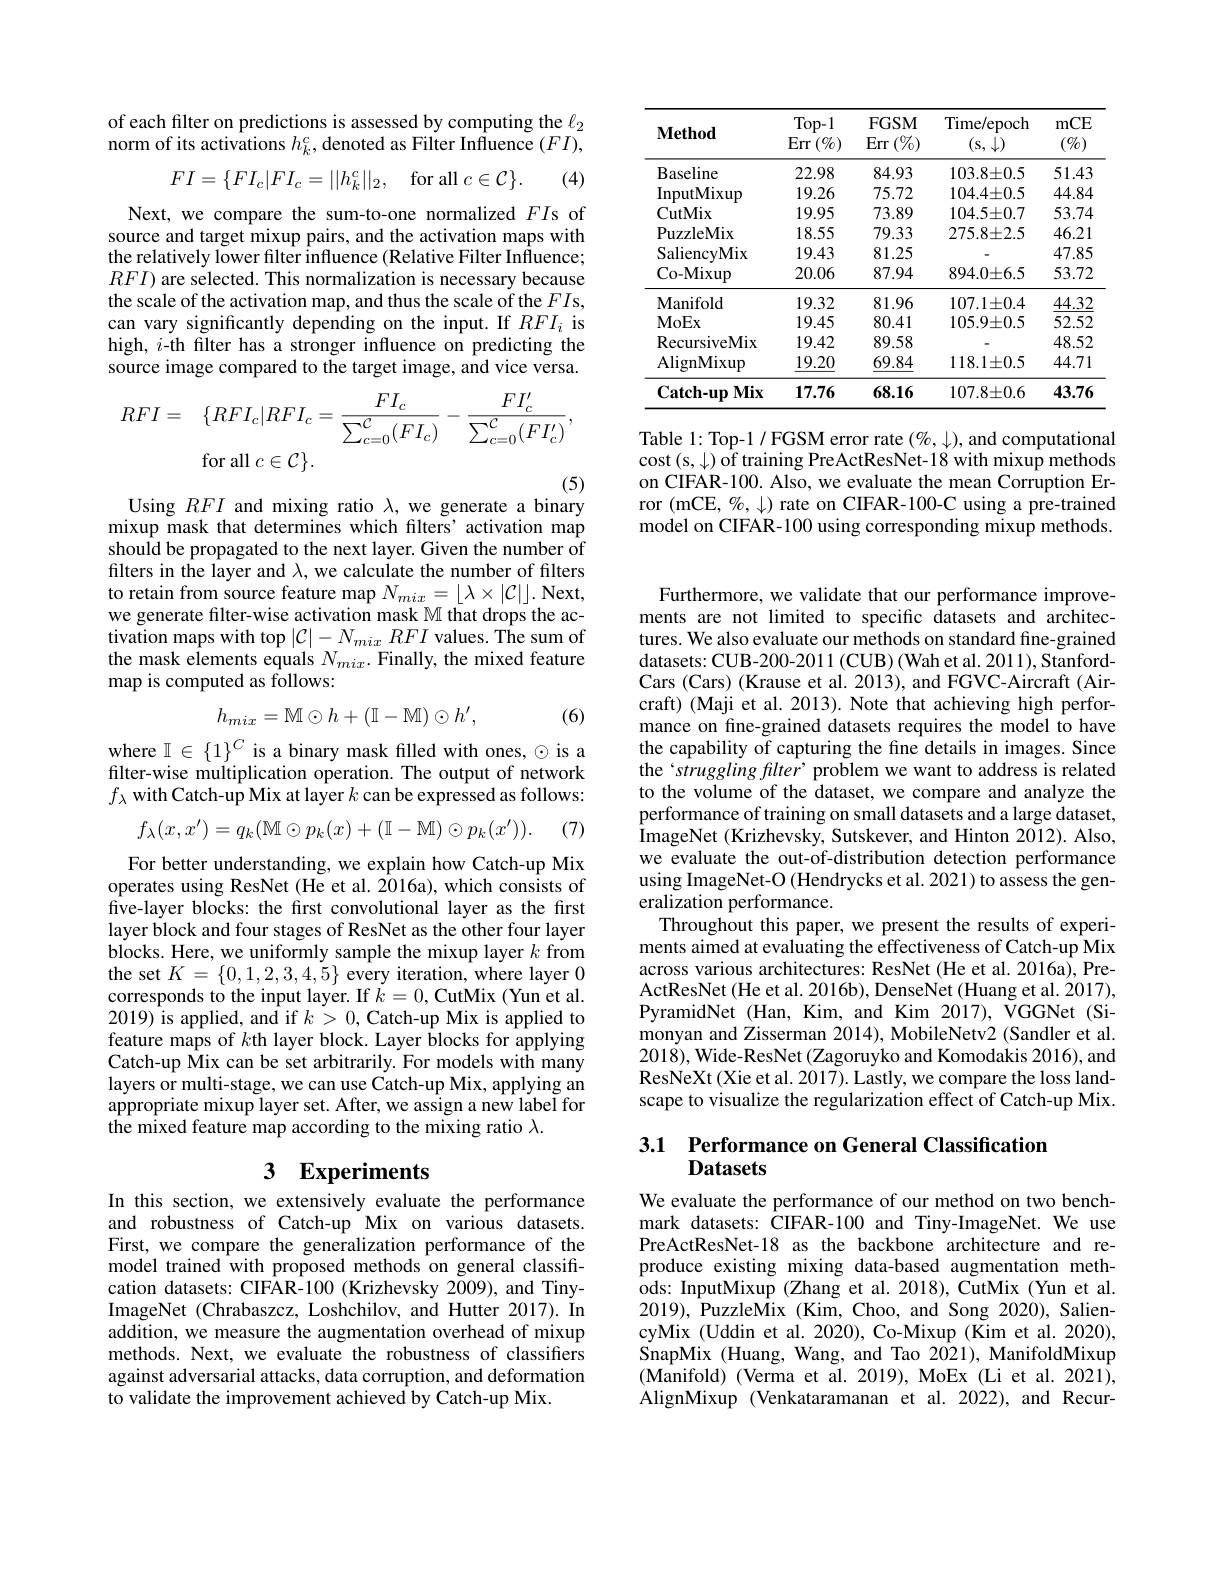
## of each filter on predictions is assessed by computing the $\ell_2$ norm of its activations $h_k^c$, denoted as Filter Influence $(FI)$,
$$FI=\{FI_c|FI_c=||h_k^c||_2,\quad\text{for all}\:c\in\mathcal{C}\}.$$
(4)

Next, we compare the sum-to-one normalized $FI$s of source and target mixup pairs, and the activation maps with the relatively lower filter influence (Relative Filter Influence; $RFI)$ are selected. This normalization is necessary because the scale of the activation map, and thus the scale of the $FI$s, can vary significantly depending on the input. If $RFI_i$ is high, $i$-th filter has a stronger influence on predicting the source image compared to the target image, and vice versa.
$$\begin{aligned}RFI&=\quad\{RFI_{c}|RFI_{c}=\frac{FI_{c}}{\sum_{c=0}^{\mathcal{C}}(FI_{c})}-\frac{FI_{c}^{\prime}}{\sum_{c=0}^{\mathcal{C}}(FI_{c}^{\prime})},\\&\text{for all }c\in\mathcal{C}\}.\end{aligned}$$
Using $RFI$ and mixing ratio $\lambda$, we generate a binary

mixup mask that determines which flters' activation map should be propagated to the next layer. Given the number of filters in the layer and $\lambda$, we calculate the number of filters to retain from source feature map $N_{mix}=\lfloor\lambda\times|\mathcal{C}|\rfloor.$ Next, we generate filter-wise activation mask $\mathbb{M}$ that drops the activation maps with top $|\mathcal{C}|-N_{mix}RFI$ values. The sum of the mask elements equals $N_{mix}.$ Finally, the mixed feature map is computed as follows:
$$h_{mix}=\mathbb{M}\odot h+(\mathbb{I}-\mathbb{M})\odot h',$$
(6)

where $\mathbb{I}\in\{1\}^C$ is a binary mask filled with ones, $\odot$ is a filter-wise multiplication operation. The output of network $f_\lambda$ with Catch-up Mix at layer $k$ can be expressed as follows:

(7)
$$f_\lambda(x,x')=q_k(\mathbb{M}\odot p_k(x)+(\mathbb{I}-\mathbb{M})\odot p_k(x')).$$
For better understanding, we explain how Catch-up Mix operates using ResNet (He et al. 2016a), which consists of five-layer blocks: the first convolutional layer as the first layer block and four stages of ResNet as the other four layer blocks. Here, we uniformly sample the mixup layer $k$ from the set $K=\{0,1,2,3,4,5\}$ every iteration, where layer 0 corresponds to the input layer. If $\dot{k}=0$, CutMix (Yun et al. 2019) is applied, and if $k>0$, Catch-up Mix is applied to feature maps of $k$th layer block. Layer blocks for applying Catch-up Mix can be set arbitrarily. For models with many layers or multi-stage, we can use Catch-up Mix, applying an appropriate mixup layer set. After, we assign a new label for the mixed feature map according to the mixing ratio $\lambda.$

## 3 Experiments

In this section, we extensively evaluate the performance and robustness of Catch-up Mix on various datasets. First, we compare the generalization performance of the model trained with proposed methods on general classification datasets: CIFAR-100 (Krizhevsky 2009), and TinyImageNet (Chrabaszcz, Loshchilov, and Hutter 2017). In addition, we measure the augmentation overhead of mixup methods. Next, we evaluate the robustness of classifiers against adversarial attacks, data corruption, and deformation to validate the improvement achieved by Catch-up Mix.

<table>
	<tbody>
		<tr>
			<th>$\mathbf{Method}$</th>
			<th>$Top-1$ $\operatorname{Err}\left(\%\right)$</th>
			<th>FGSM $:(\%)$ Err - 1</th>
			<th>Time/epoch (s$,\downarrow)$</th>
			<th>mCE $(\%)$</th>
		</tr>
		<tr>
			<td>Baseline</td>
			<td>22.98</td>
			<td>84.93</td>
			<td>$103.8\pm0.5$</td>
			<td>51.43</td>
		</tr>
		<tr>
			<td>InputMixup</td>
			<td>19.26</td>
			<td>75.72</td>
			<td>$104.4\pm0.5$</td>
			<td>44.84</td>
		</tr>
		<tr>
			<td>CutMix</td>
			<td>19.95</td>
			<td>73.89</td>
			<td>$104.5\pm0.7$</td>
			<td>53.74</td>
		</tr>
		<tr>
			<td>PuzzleMix</td>
			<td>18.55</td>
			<td>79.33</td>
			<td>$275.8\pm2.5$</td>
			<td>46.21</td>
		</tr>
		<tr>
			<td>SaliencyMix</td>
			<td>19.43</td>
			<td>81.25</td>
			<td> </td>
			<td>47.85</td>
		</tr>
		<tr>
			<td>Co- Mixup</td>
			<td>20.06</td>
			<td>87.94</td>
			<td>$894.0\pm6.5$</td>
			<td>53.72</td>
		</tr>
		<tr>
			<td>Manifold</td>
			<td>19.32</td>
			<td>81.96</td>
			<td>$107.1\pm0.4$</td>
			<td>44.32</td>
		</tr>
		<tr>
			<td>MoEx</td>
			<td>19.45</td>
			<td>80.41</td>
			<td>$105.9\pm0.5$</td>
			<td>52.52</td>
		</tr>
		<tr>
			<td>RecursiveMix</td>
			<td>19.42</td>
			<td>89.58</td>
			<td> </td>
			<td>48.52</td>
		</tr>
		<tr>
			<td>$\operatorname{AlignMixup}$</td>
			<td>19.20</td>
			<td>69.84</td>
			<td>$118.1\pm0.5$</td>
			<td>44.71</td>
		</tr>
		<tr>
			<td>$\mathbf{Catch-up}$ Mix</td>
			<td>17.76</td>
			<td>68.16</td>
			<td>$107.8\pm0.6$</td>
			<td>43.76</td>
		</tr>
	</tbody>
</table>

Table 1: Top-1 / FGSM error rate $(\%,\downarrow)$, and computational $\operatorname{cost}($s, $\downarrow)\operatorname{of}$training PreActResNet-18with mixup methods on CIFAR-100. Also, we evaluate the mean Corruption Error (mCE, %, J) rate on CIFAR-100-C using a pre-trained model on CIFAR-100 using corresponding mixup methods.

Furthermore, we validate that our performance improvements are not limited to specific datasets and architectures. We also evaluate our methods on standard fine-grained datasets: CUB-200-2011 (CUB) (Wah et al. 2011), StanfordCars (Cars) (Krause et al. 2013), and FGVC-Aircraft (Aircraft) (Maji et al. 2013). Note that achieving high performance on fine-grained datasets requires the model to have the capability of capturing the fine details in images. Since the‘struggling flter’ problem we want to address is related to the volume of the dataset, we compare and analyze the performance of training on small datasets and a large dataset, ImageNet (Krizhevsky, Sutskever, and Hinton 2012). Also, we evaluate the out-of-distribution detection performance using ImageNet-O (Hendrycks et al. 2021) to assess the generalization performance.
Throughout this paper, we present the results of experiments aimed at evaluating the effectiveness of Catch-up Mix across various architectures: ResNet (He et al. 2016a), PreActResNet (He et al. 2016b), DenseNet (Huang et al. 2017), PyramidNet (Han, Kim, and Kim 2017), VGGNet (Simonyan and Zisserman 2014), MobileNetv2 (Sandler et al. $201\dot{8})$,Wide-ResNet (Zagoruyko and Komodakis 2016), and ResNeXt (Xie et al. 2017). Lastly, we compare the loss landscape to visualize the regularization effect of Catch-up Mix.

3.1 Performance on General Classification
# Datasets

We evaluate the performance of our method on two benchmark datasets: CIFAR-100 and Tiny-ImageNet. We use PreActResNet-18 as the backbone architecture and reproduce existing mixing data-based augmentation methods: InputMixup (Zhang et al. 2018), CutMix (Yun et al. 2019), PuzzleMix (Kim, Choo, and Song 2020), SaliencyMix (Uddin et al. 2020), Co-Mixup (Kim et al. 2020), SnapMix (Huang, Wang, and Tao 2021), ManifoldMixup (Manifold) (Verma et al.2019), MoEx(Li et al.2021), AlignMixup (Venkataramanan et al.2022), and Recur-